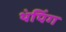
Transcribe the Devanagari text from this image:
थंपिंग